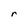
Character: r